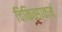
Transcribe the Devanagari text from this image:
चिकित्साकर्म